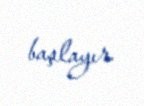
başlayır.